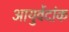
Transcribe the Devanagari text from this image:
आयुर्वेदांक